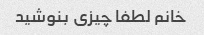
خانم لطفا چیزی بنوشید